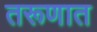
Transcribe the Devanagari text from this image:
तरूणात